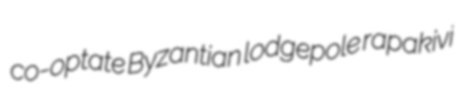
co-optate Byzantian lodgepole rapakivi